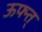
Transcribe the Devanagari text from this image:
ऊफ्न्त्